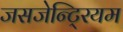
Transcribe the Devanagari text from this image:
जसजेन्टि्रयम